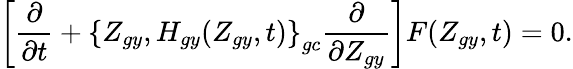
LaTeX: \left[\frac{\partial}{\partial t}+\left\{ Z_{gy},H_{gy}(Z_{gy},t)\right\} _{gc}\frac{\partial}{\partial Z_{gy}}\right]F(Z_{gy},t)=0.